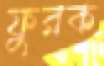
ফুরক